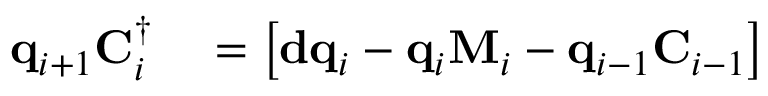
\begin{array} { r l } { \mathbf { q } _ { i + 1 } \mathbf { C } _ { i } ^ { \dagger } } & { { } = \left[ \mathbf { d } \mathbf { q } _ { i } - \mathbf { q } _ { i } \mathbf { M } _ { i } - \mathbf { q } _ { i - 1 } \mathbf { C } _ { i - 1 } \right] } \end{array}